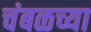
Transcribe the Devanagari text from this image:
चंबळच्या